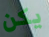
يكن